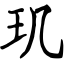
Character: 玑